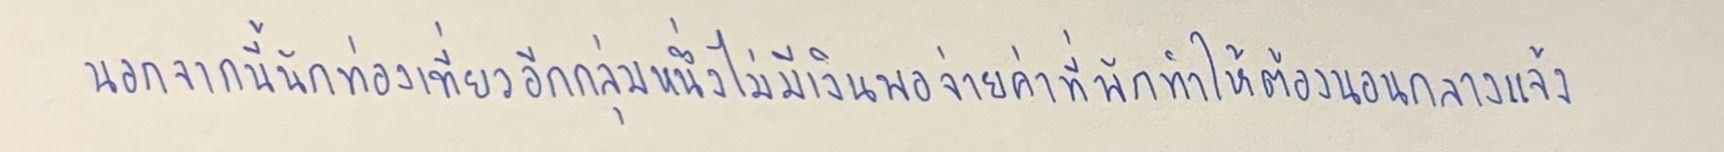
นอกจากนี้นักท่องเที่ยวอีกกลุ่มหนึ่งไม่มีเงินพอจ่ายค่าที่พักทำให้ต้องนอนกลางแจ้ง